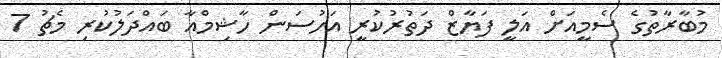
މުބާރާތުގެ ސެމީއަށް އަލީ ފަޔާޒް ދަތުރުކުރީ އަހުސަން ހާޝިމްއާ ބައްދަލުކުރި މެޗު 7